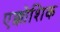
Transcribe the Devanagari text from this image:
एक्कोशिक